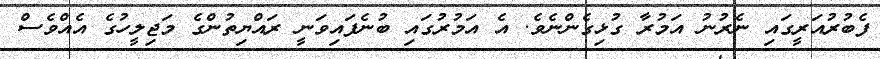
ފެބުރުއަރީގައި ނެރުނު އަމުރާ ގުޅިގެންނެވެ. އެ އަމުރުގައި ބުނެފައިވަނީ ރައްޔިތުންގެ މަޖިލީހުގެ އެއްވެސް